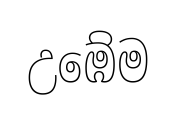
උඹේම